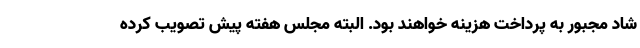
شاد مجبور به پرداخت هزینه خواهند بود. البته مجلس هفته پیش تصویب کرده